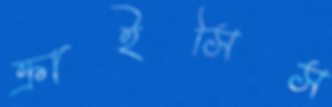
ক্রাইসিস